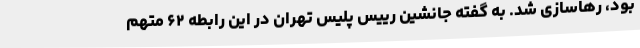
بود، رهاسازی شد. به گفته جانشین رییس پلیس تهران در این رابطه ۶۲ متهم